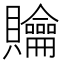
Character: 𧹊